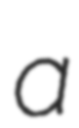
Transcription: a